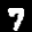
Label: 7